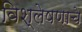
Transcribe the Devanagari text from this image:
विश्‍लेषणाचे